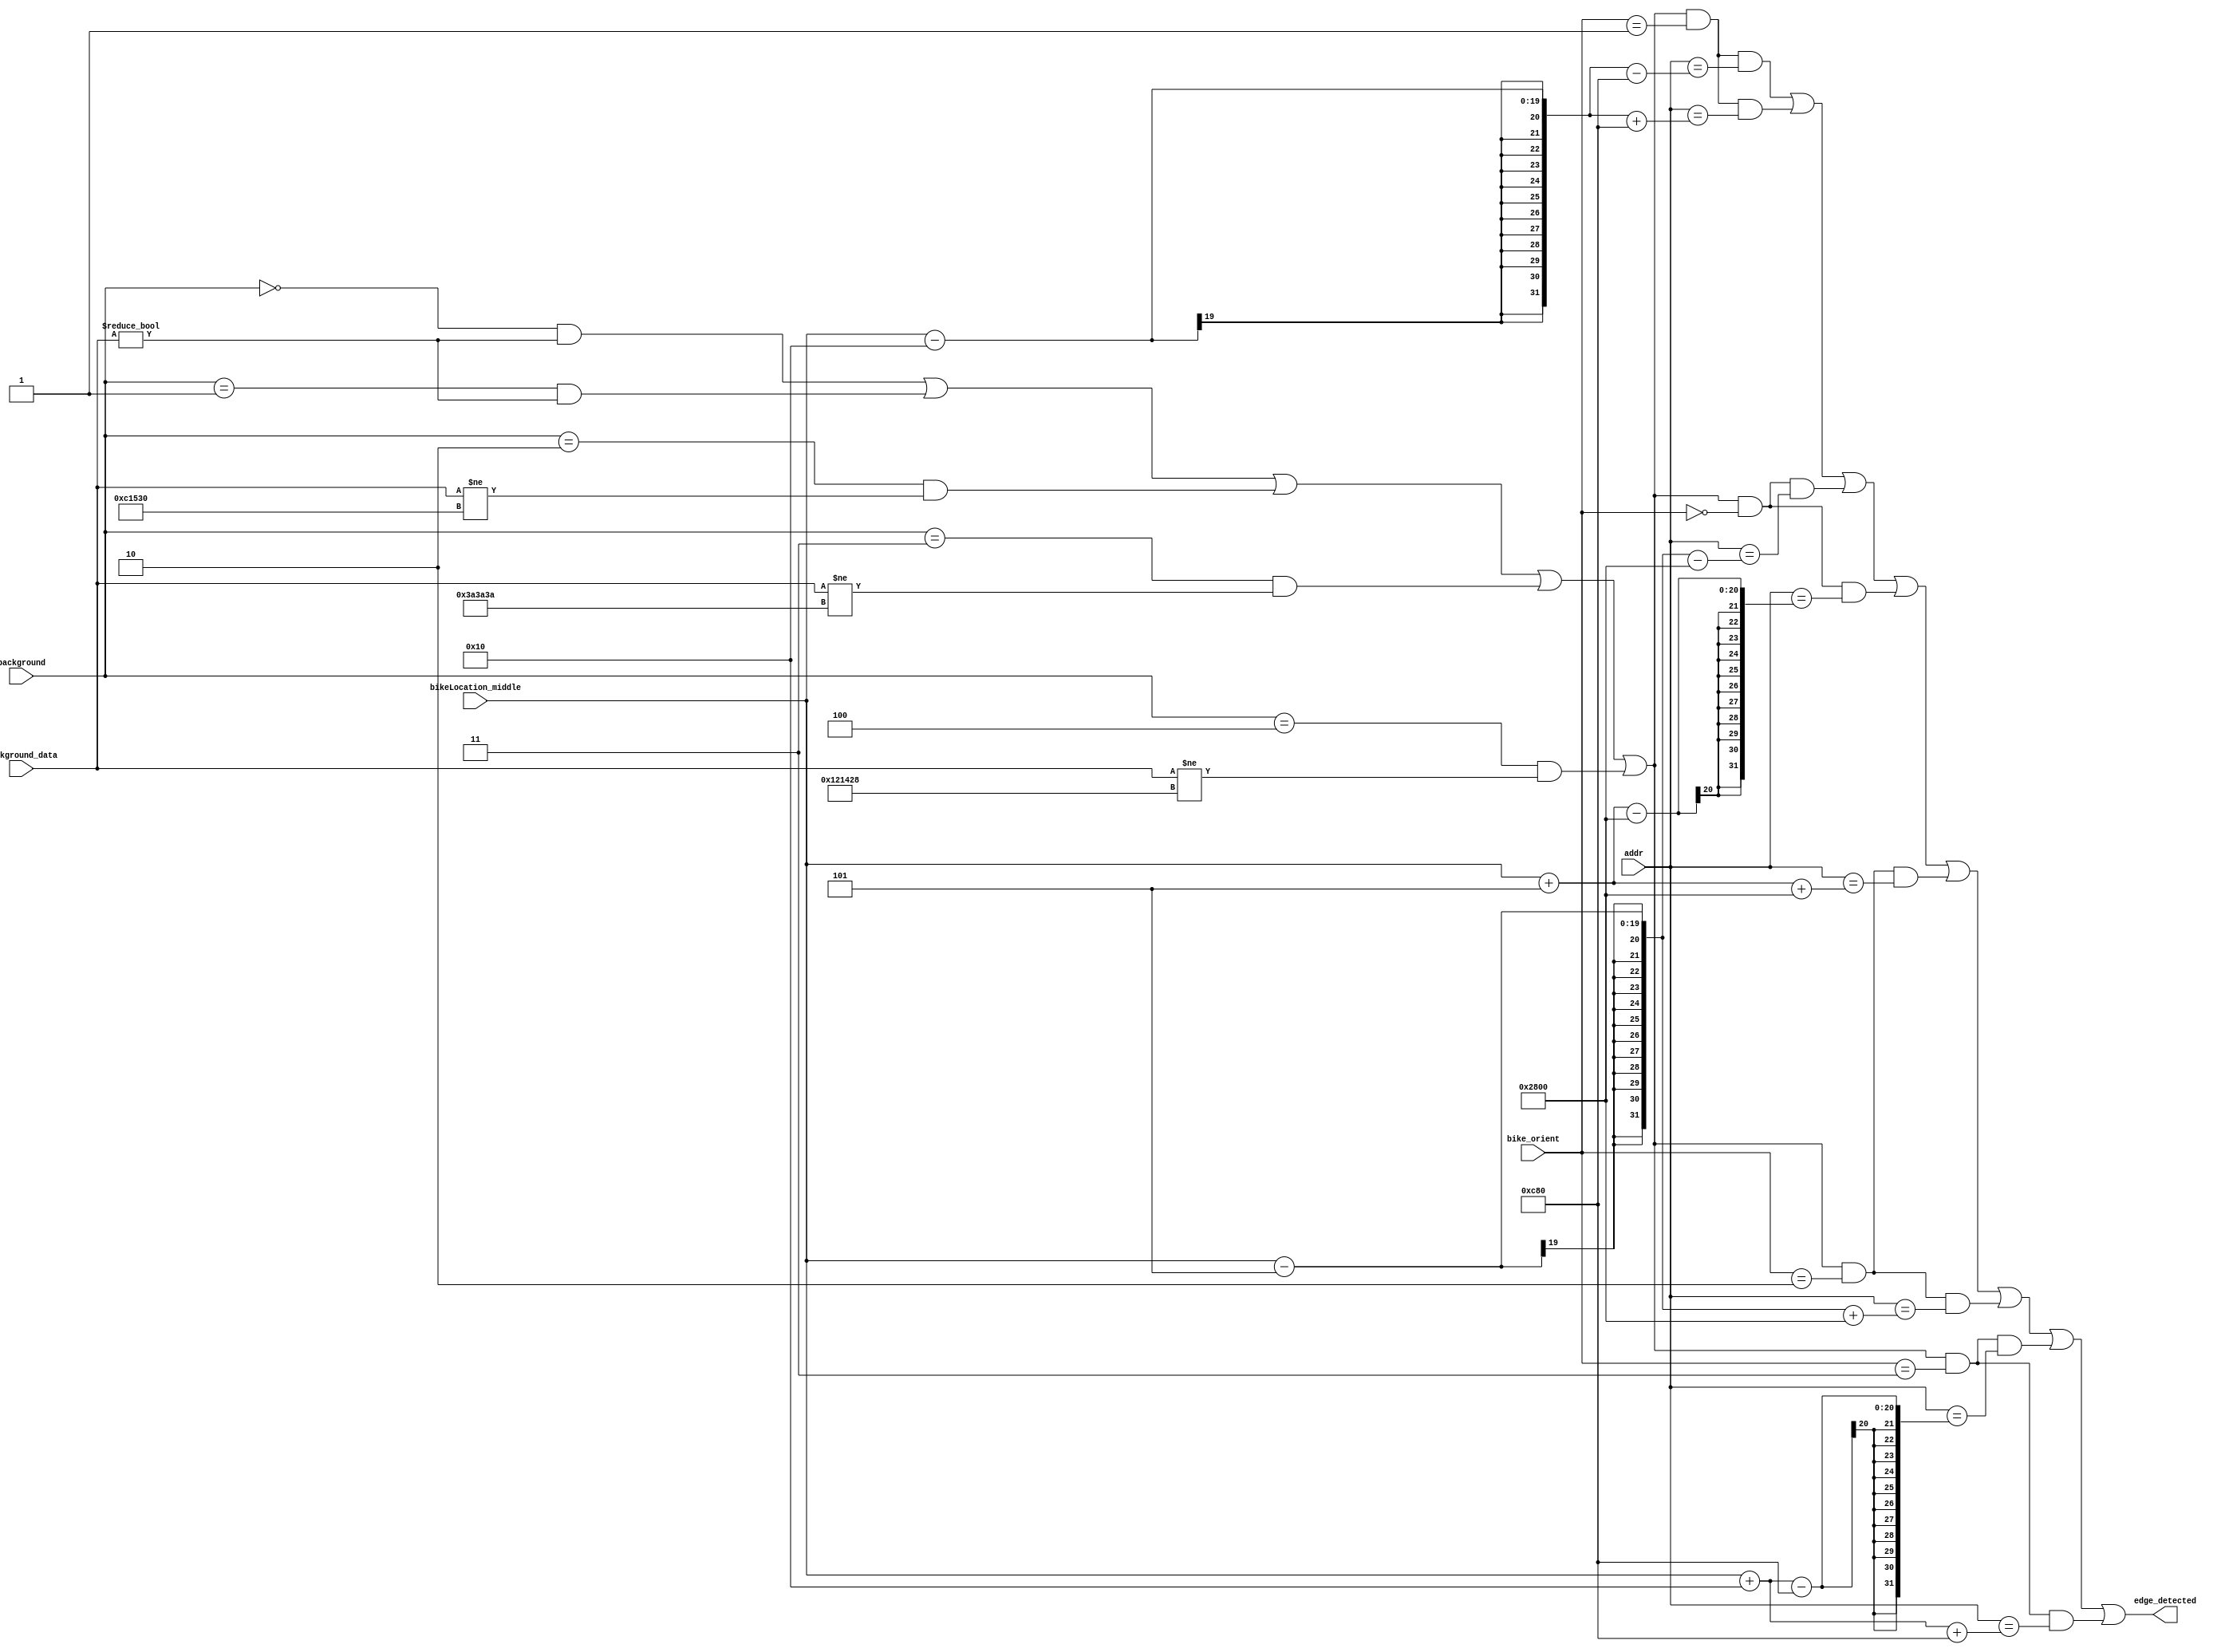
module bgr_detection(background, background_data, addr, bikeLocation_middle, bike_orient, edge_detected);
	input [4:0] background;
	input [18:0] addr;
	input [2:0] bike_orient;
	input [18:0] bikeLocation_middle;
	input [23:0] background_data;
	output edge_detected;
	
	wire bgr_out;
	assign bgr_out = (background==5'd0 && background_data!=24'h000000) || 
							(background==5'd1 && background_data!=24'h000000) ||
							(background==5'd2 && background_data!=24'h0C1530) ||
							(background==5'd3 && background_data!=24'h3A3A3A) ||
							(background==5'd4 && background_data!=24'h121428);
	
	
	wire edge_detected_left_a, edge_detected_left_b, edge_detected_right_a,edge_detected_right_b, edge_detected_up_a, edge_detected_up_b, edge_detected_down_a, edge_detected_down_b, edge_detected_dead;
	
//	// If bike is oriented up
	assign edge_detected_up_a = (bgr_out!=0 && bike_orient==32'd0 && addr==(bikeLocation_middle-32'd5-(32'd16*32'd640)));
	assign edge_detected_up_b = (bgr_out!=0 && bike_orient==32'd0 && addr==(bikeLocation_middle+32'd5-(32'd16*32'd640)));
	
	// If bike is oriented left
	assign edge_detected_left_a = (bgr_out!=0 && bike_orient==32'd1 && addr==(bikeLocation_middle-32'd16-(32'd5*32'd640)));
	assign edge_detected_left_b = (bgr_out!=0 && bike_orient==32'd1 && addr==(bikeLocation_middle-32'd16+(32'd5*32'd640)));	
	
	// If bike is oriented down
	assign edge_detected_down_a = (bgr_out!=0 && bike_orient==32'd2 && addr==(bikeLocation_middle+32'd5+(32'd16*32'd640)));
	assign edge_detected_down_b = (bgr_out!=0 && bike_orient==32'd2 && addr==(bikeLocation_middle-32'd5+(32'd16*32'd640)));

// If bike is oriented right
	assign edge_detected_right_a = (bgr_out!=0 && bike_orient==32'd3 && addr==(bikeLocation_middle+32'd16-(32'd5*32'd640)));
	assign edge_detected_right_b = (bgr_out!=0 && bike_orient==32'd3 && addr==(bikeLocation_middle+32'd16+(32'd5*32'd640)));
		
	or or_edge(edge_detected, edge_detected_left_a, edge_detected_left_b, edge_detected_up_a, edge_detected_up_b, edge_detected_down_a, edge_detected_down_b, edge_detected_right_a, edge_detected_right_b);
	
	endmodule